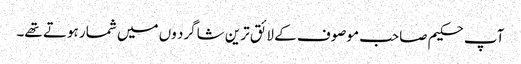
آپ حکیم صاحب موصوف کے لائق ترین شاگرد وں میں شمار ہوتے تھے۔